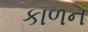
કાળન